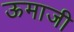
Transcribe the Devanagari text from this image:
ऊमाजी